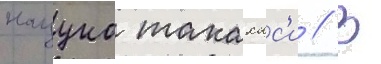
нацуко такахас'и // В